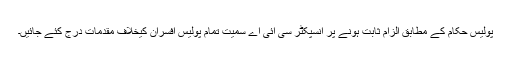
پولیس حکام کے مطابق الزام ثابت ہونے پر انسپکٹر سی آئی اے سمیت تمام پولیس افسران کیخلاف مقدمات درج کئے جائیں۔